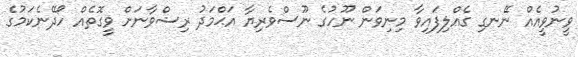
ވީނުވީއެއް ނޭނގި ގެއްލިފައިވާ މިނިވަން ނޫހުގެ ނޫސްވެރިޔާ އަޙްމަދު ރިޟްވާނަށް ވީގޮތެއް ހޯދޭނެކަމުގެ